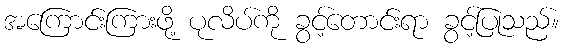
အကြောင်းကြားဖို့ ပုလိပ်ကို ခွင့်တောင်းရာ ခွင့်ပြုသည်။